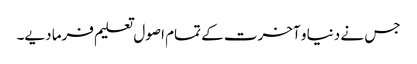
جس نے دنیا و آخرت کے تمام اصول تعلیم فرما دیے۔